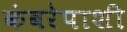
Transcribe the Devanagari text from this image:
कंबरेपाशी